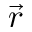
\vec { r }